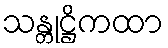
သန္တုဋ္ဌိကထာ